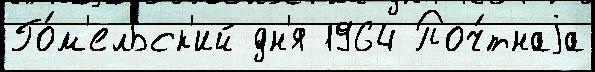
Го́м'ельск'ий дн'я 1964 Поч́тнаjа